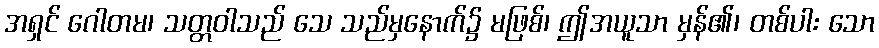
အရှင် ဂေါတမ၊ သတ္တဝါသည် သေ သည်မှနောက်၌ မဖြစ်၊ ဤအယူသာ မှန်၏၊ တစ်ပါး သော